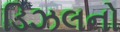
ડિઝલનો